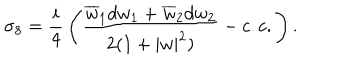
LaTeX: \sigma _ { 8 } = { \frac { i } { 4 } } \left( { \frac { \overline { { { w } } } _ { 1 } d w _ { 1 } + \overline { { { w } } } _ { 2 } d w _ { 2 } } { 2 ( 1 + | w | ^ { 2 } ) } } - c . c . \right) .